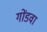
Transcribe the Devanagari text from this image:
गोंडवा